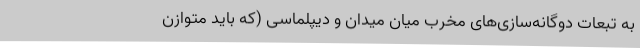
به تبعات دوگانه‌سازی‌های مخرب میان میدان و دیپلماسی (که باید متوازن